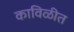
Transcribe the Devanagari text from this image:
काविळीत